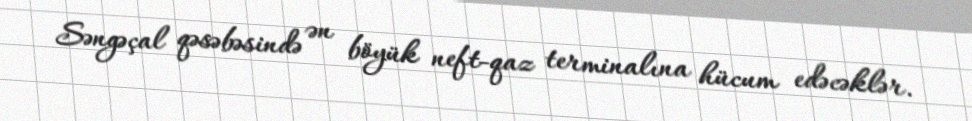
Səngəçal qəsəbəsində ən böyük neft-qaz terminalına hücum edəcəklər.